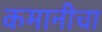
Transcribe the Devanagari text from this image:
कमानीचा